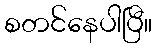
စတင်နေပါပြီ။